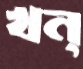
খন্